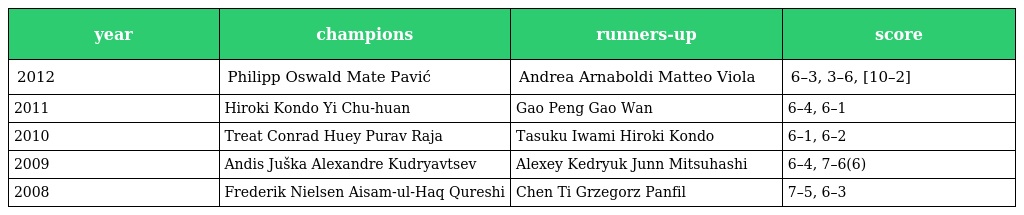
| year | champions | runners-up | score |
 | --- | --- | --- | --- |
 | 2012 | Philipp Oswald Mate Pavić | Andrea Arnaboldi Matteo Viola | 6–3, 3–6, [10–2] |
 | 2011 | Hiroki Kondo Yi Chu-huan | Gao Peng Gao Wan | 6–4, 6–1 |
 | 2010 | Treat Conrad Huey Purav Raja | Tasuku Iwami Hiroki Kondo | 6–1, 6–2 |
 | 2009 | Andis Juška Alexandre Kudryavtsev | Alexey Kedryuk Junn Mitsuhashi | 6–4, 7–6(6) |
 | 2008 | Frederik Nielsen Aisam-ul-Haq Qureshi | Chen Ti Grzegorz Panfil | 7–5, 6–3 |